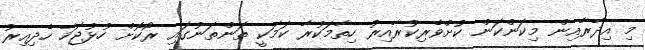
މި އިދާރާއިން މިކަންކަން ކުށްވެރިކުރާއިރު ހިތާމަކުރާ ކަމަކީ ތަންތަނުގައި ރޯކޮށް ހުޅުޖަހާ ހެދިއިރު